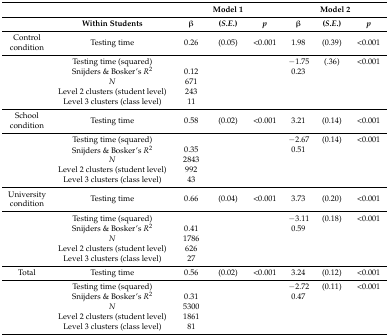
<table><thead><tr><td></td><td></td><td colspan="3"><b>Model 1</b></td><td colspan="3"><b>Model 2</b></td></tr><tr><td></td><td><b>Within Students</b></td><td><b>β</b></td><td><b>(<i>S.E.</i>)</b></td><td><b><i>p</i></b></td><td><b>β</b></td><td><b>(<i>S.E.</i>)</b></td><td><b><i>p</i></b></td></tr></thead><tbody><tr><td>Control condition</td><td>Testing time</td><td>0.26</td><td>(0.05)</td><td>&lt;0.001</td><td>1.98</td><td>(0.39)</td><td>&lt;0.001</td></tr><tr><td></td><td>Testing time (squared)</td><td></td><td></td><td></td><td>−1.75</td><td>(.36)</td><td>&lt;0.001</td></tr><tr><td></td><td>Snijders &amp; Bosker’s <i>R</i><sup>2</sup></td><td>0.12</td><td></td><td></td><td>0.23</td><td></td><td></td></tr><tr><td></td><td><i>N</i></td><td>671</td><td></td><td></td><td></td><td></td><td></td></tr><tr><td></td><td>Level 2 clusters (student level)</td><td>243</td><td></td><td></td><td></td><td></td><td></td></tr><tr><td></td><td>Level 3 clusters (class level)</td><td>11</td><td></td><td></td><td></td><td></td><td></td></tr><tr><td>School condition</td><td>Testing time</td><td>0.58</td><td>(0.02)</td><td>&lt;0.001</td><td>3.21</td><td>(0.14)</td><td>&lt;0.001</td></tr><tr><td></td><td>Testing time (squared)</td><td></td><td></td><td></td><td>−2.67</td><td>(0.14)</td><td>&lt;0.001</td></tr><tr><td></td><td>Snijders &amp; Bosker’s <i>R</i><sup>2</sup></td><td>0.35</td><td></td><td></td><td>0.51</td><td></td><td></td></tr><tr><td></td><td><i>N</i></td><td>2843</td><td></td><td></td><td></td><td></td><td></td></tr><tr><td></td><td>Level 2 clusters (student level)</td><td>992</td><td></td><td></td><td></td><td></td><td></td></tr><tr><td></td><td>Level 3 clusters (class level)</td><td>43</td><td></td><td></td><td></td><td></td><td></td></tr><tr><td>University condition</td><td>Testing time</td><td>0.66</td><td>(0.04)</td><td>&lt;0.001</td><td>3.73</td><td>(0.20)</td><td>&lt;0.001</td></tr><tr><td></td><td>Testing time (squared)</td><td></td><td></td><td></td><td>−3.11</td><td>(0.18)</td><td>&lt;0.001</td></tr><tr><td></td><td>Snijders &amp; Bosker’s <i>R</i><sup>2</sup></td><td>0.41</td><td></td><td></td><td>0.59</td><td></td><td></td></tr><tr><td></td><td><i>N</i></td><td>1786</td><td></td><td></td><td></td><td></td><td></td></tr><tr><td></td><td>Level 2 clusters (student level)</td><td>626</td><td></td><td></td><td></td><td></td><td></td></tr><tr><td></td><td>Level 3 clusters (class level)</td><td>27</td><td></td><td></td><td></td><td></td><td></td></tr><tr><td>Total</td><td>Testing time</td><td>0.56</td><td>(0.02)</td><td>&lt;0.001</td><td>3.24</td><td>(0.12)</td><td>&lt;0.001</td></tr><tr><td></td><td>Testing time (squared)</td><td></td><td></td><td></td><td>−2.72</td><td>(0.11)</td><td>&lt;0.001</td></tr><tr><td></td><td>Snijders &amp; Bosker’s <i>R</i><sup>2</sup></td><td>0.31</td><td></td><td></td><td>0.47</td><td></td><td></td></tr><tr><td></td><td><i>N</i></td><td>5300</td><td></td><td></td><td></td><td></td><td></td></tr><tr><td></td><td>Level 2 clusters (student level)</td><td>1861</td><td></td><td></td><td></td><td></td><td></td></tr><tr><td></td><td>Level 3 clusters (class level)</td><td>81</td><td></td><td></td><td></td><td></td><td></td></tr></tbody></table>